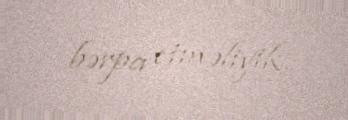
bərpa etməliyik.